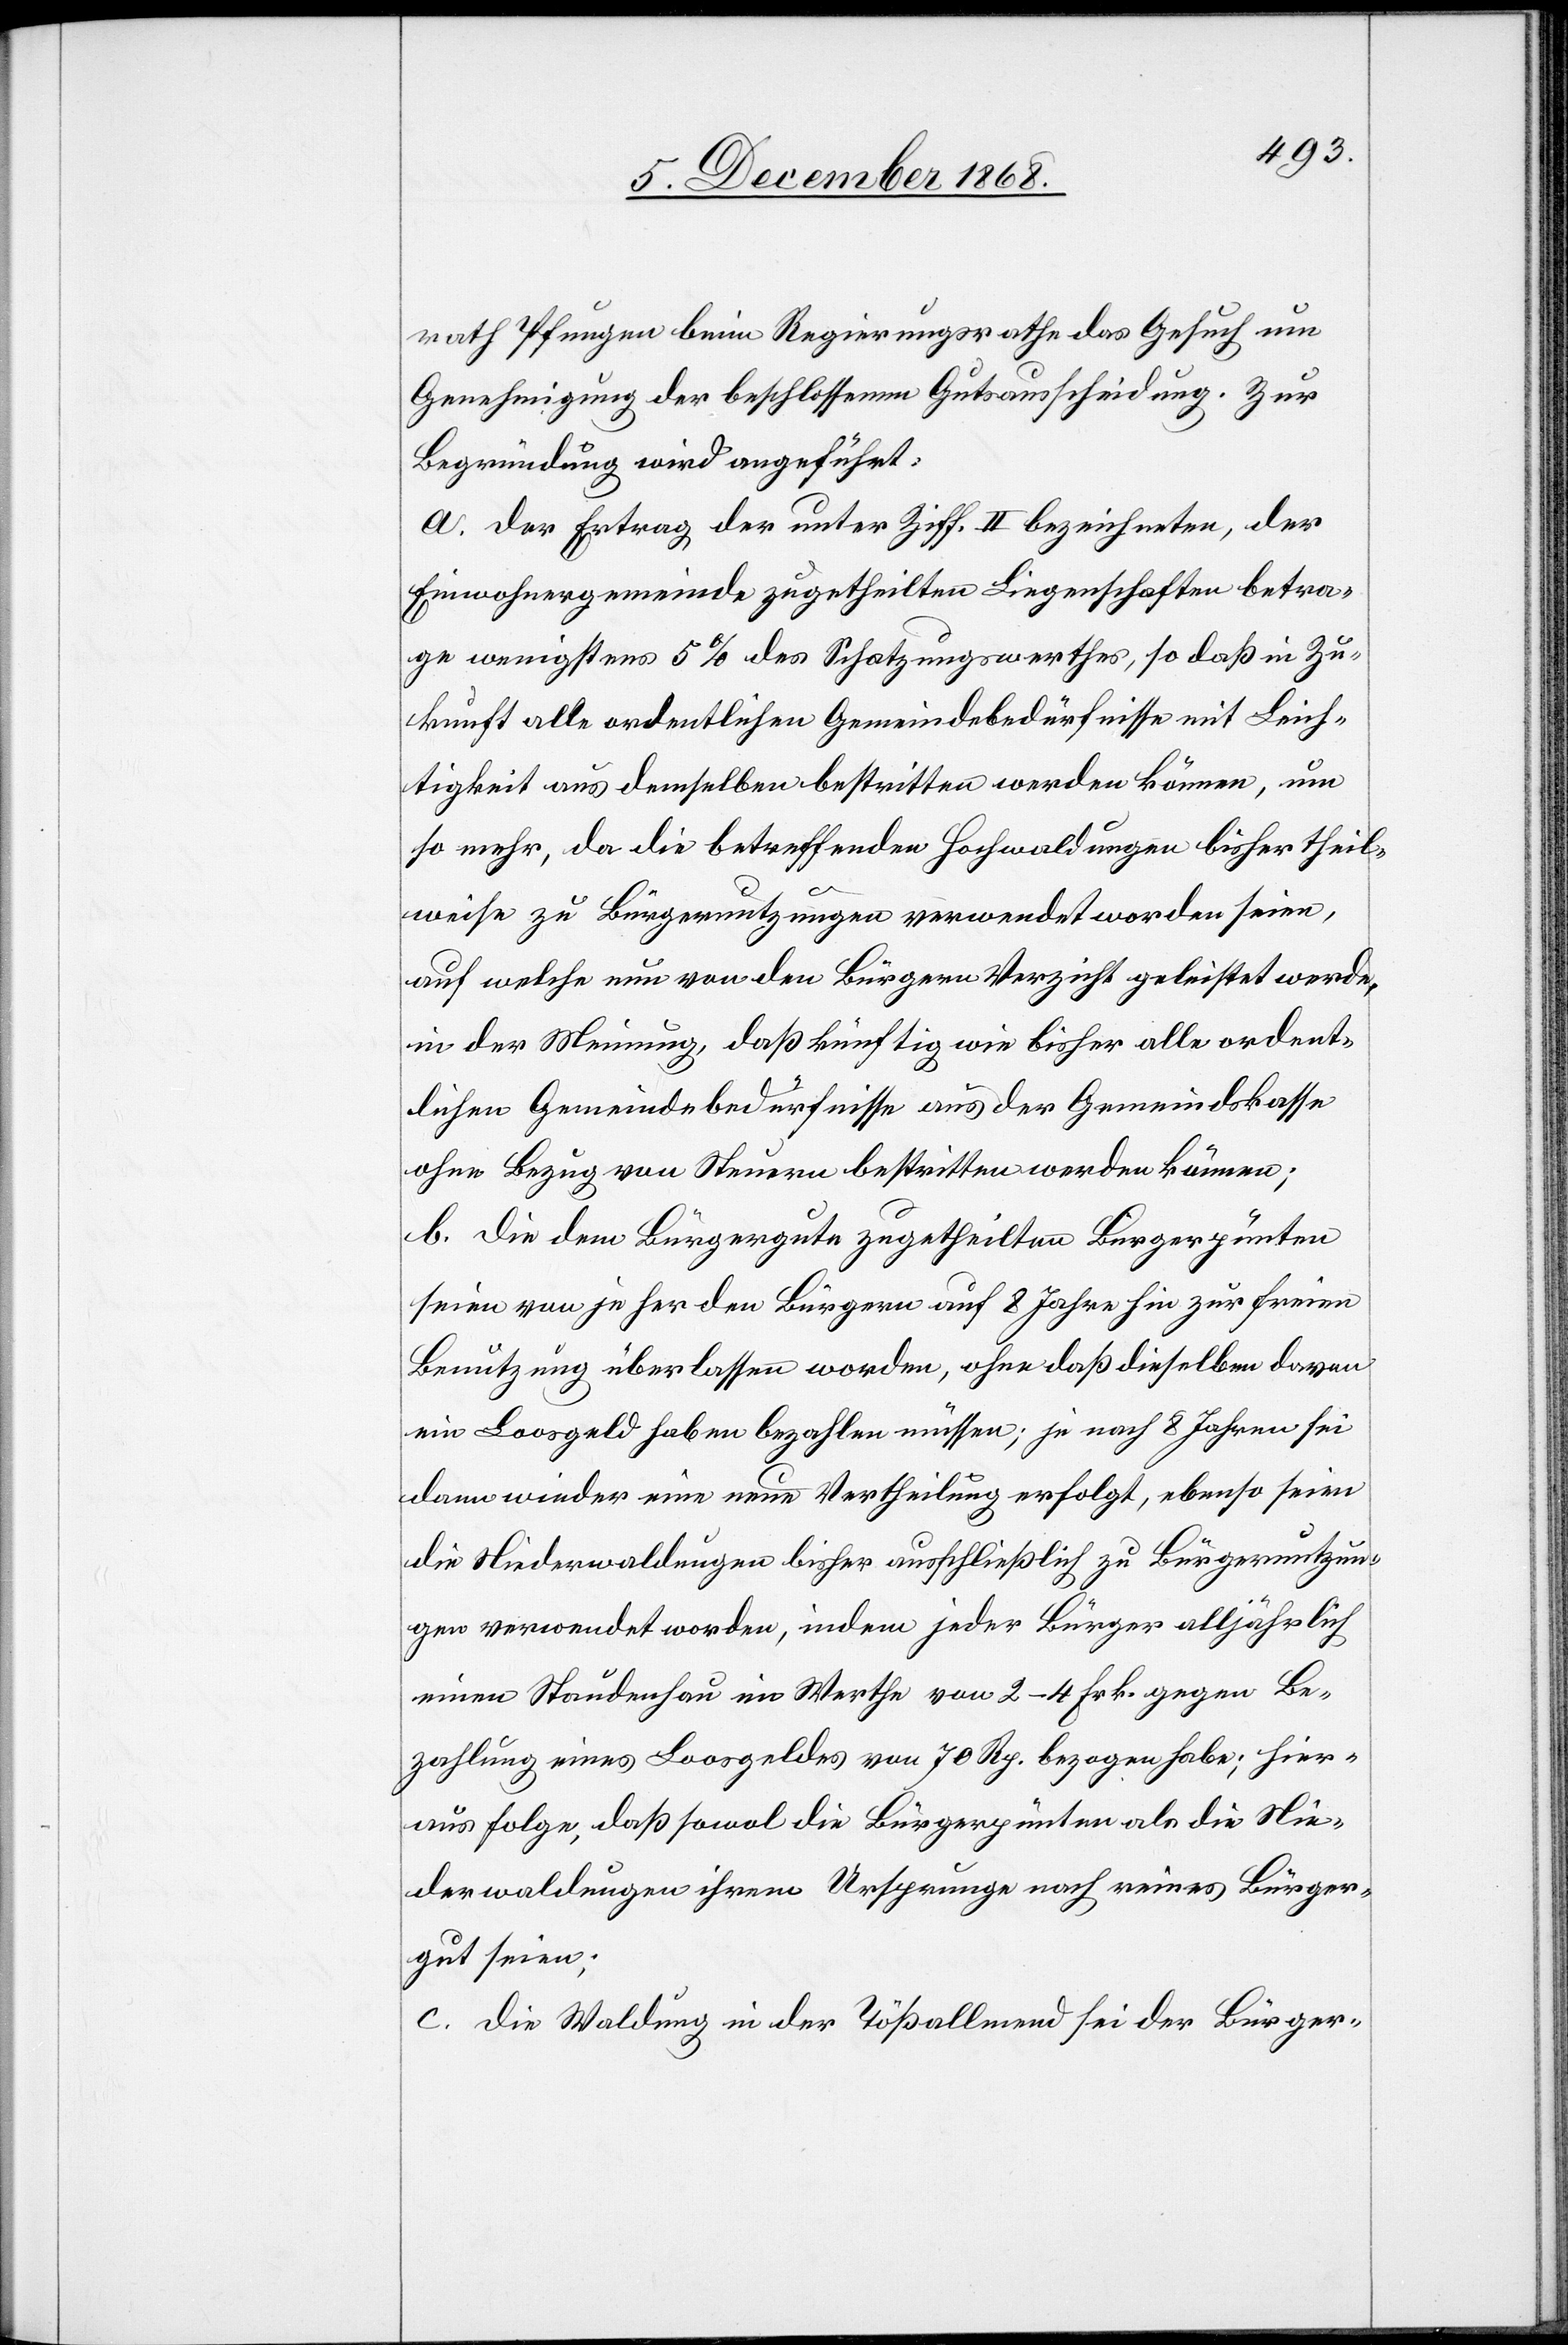
rath Pfungen beim Regierungsrathe das Gesuch um
Genehmigung der beschlossenen Gutsausscheidung. Zur
Begründung wird angeführt:
a. Der Ertrag der unter Ziff. II bezeichneten, der
Einwohnergemeinde zugetheilten Liegenschaften betra¬
ge wenigstens 5% des Schatzungswerthes, so daß in Zu¬
kunft alle ordentlichen Gemeindebedürfnisse mit Leich¬
tigkeit aus demselben bestritten werden können, um
so mehr, da die betreffenden Hochwaldungen bisher theil¬
weise zu Bürgernutzungen verwendet worden seien,
auf welche nun von den Bürgern Verzicht geleistet werde,
in der Meinung, daß künftig wie bisher alle ordent¬
lichen Gemeindebedürfnisse aus der Gemeindskasse
ohne Bezug von Steuern bestritten werden können;
b. Die dem Bürgergute zugetheilten Bürgerpünten
seien von je her den Bürgern auf 8 Jahre hin zur freien
Benutzung überlassen worden, ohne daß dieselben davon
ein Loosgeld haben bezahlen müssen; je nach 8 Jahren sei
dann wieder eine neue Vertheilung erfolgt, ebenso seien
die Niederwaldungen bisher ausschließlich zu Bürgernutzun¬
gen verwendet worden, indem jeder Bürger alljährlich
einen Staudenhau im Werthe von 2–4 Frk. gegen Be¬
zahlung eines Loosgeldes von 70 Rp. bezogen habe; hier¬
aus folge, daß sowol die Bürgerpünten als die Nie¬
derwaldungen ihrem Ursprunge nach reines Bürger¬
gut seien;
c. Die Waldung in der Tößallmend sei der Bürger-